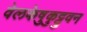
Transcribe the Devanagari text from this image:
वेलकेष़ुकुट्टुवन